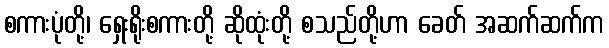
စကားပုံတို့၊ ရှေးရိုးစကားတို့ ဆိုထုံးတို့ စသည်တို့ဟာ ခေတ် အဆက်ဆက်က